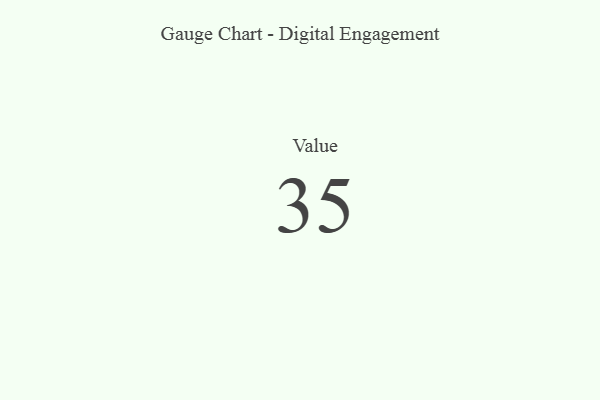
{"axis": {"x": "Metric", "y": "Value"}, "legend": [""], "data": [{"x": "Value", "y": 35, "type": ""}]}